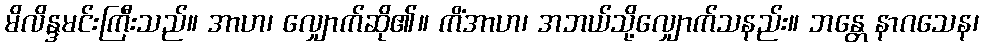
မိလိန္ဒမင်းကြီးသည်။ အာဟ၊ လျှောက်ဆို၏။ ကိံအာဟ၊ အဘယ်သို့လျှောက်သနည်း။ ဘန္တေ နာဂသေန၊